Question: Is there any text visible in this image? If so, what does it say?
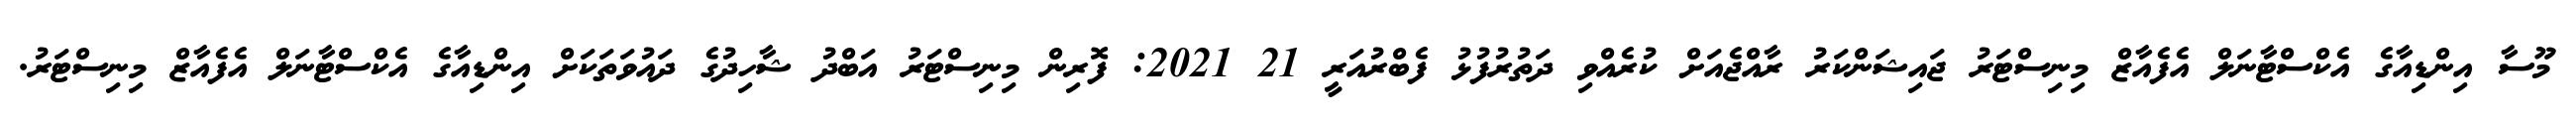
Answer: މޫސާ އިންޑިއާގެ އެކްސްޓާނަލް އެފެއާޒް މިނިސްޓަރު ޖައިޝަންކަރު ރާއްޖެއަށް ކުރެއްވި ދަތުރުފުޅު ފެބްރުއަރީ 21 2021: ފޮރިން މިނިސްޓަރު އަބްދު ޝާހިދުގެ ދައުވަތަކަށް އިންޑިއާގެ އެކްސްޓާނަލް އެފެއާޒް މިނިސްޓަރު.